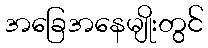
အခြေအနေမျိုးတွင်